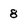
Character: 8